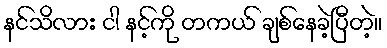
နင်သိလား ငါ နင့်ကို တကယ် ချစ်နေခဲ့ပြီတဲ့။